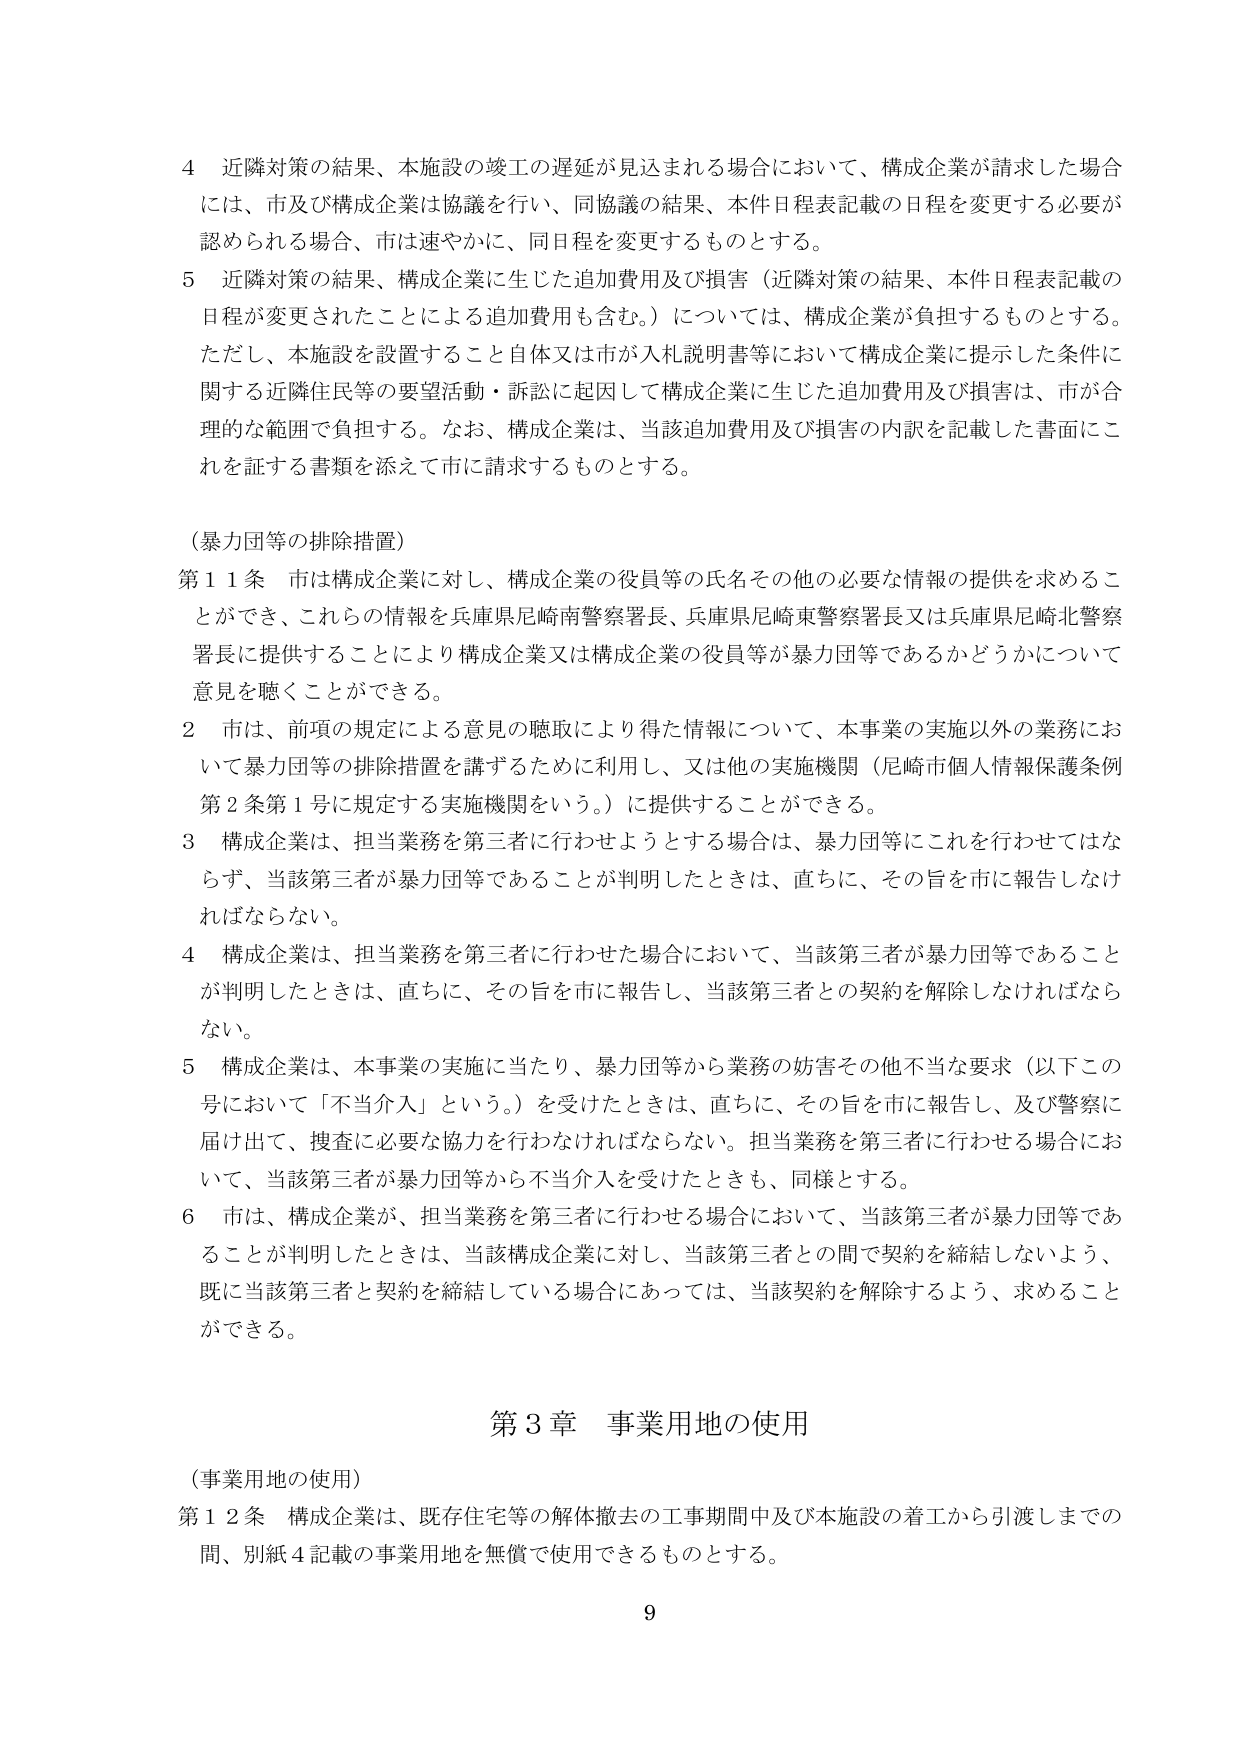
4 近隣対策の結果、本施設の竣工の遅延が見込まれる場合において、構成企業が請求した場合には、市及び構成企業は協議を行い、同協議の結果、本件日程表記載の日程を変更する必要が認められる場合、市は速やかに、同日程を変更するものとする。

5 近隣対策の結果、構成企業に生じた追加費用及び損害（近隣対策の結果、本件日程表記載の日程が変更されたことによる追加費用も含む。）については、構成企業が負担するものとする。ただし、本施設を設置すること自体又は市が入札説明書等において構成企業に提示した条件に関する近隣住民等の要望活動・訴訟に起因して構成企業に生じた追加費用及び損害は、市が合理的な範囲で負担する。なお、構成企業は、当該追加費用及び損害の内訳を記載した書面にこれを証する書類を添えて市に請求するものとする。

（暴力団等の排除措置）

第11条 市は構成企業に対し、構成企業の役員等の氏名その他の必要な情報の提供を求めることができ、これらの情報を兵庫県尼崎南警察署長、兵庫県尼崎東警察署長又は兵庫県尼崎北警察署長に提供することにより構成企業又は構成企業の役員等が暴力団等であるかどうかについて意見を聴くことができる。

2 市は、前項の規定による意見の聴取により得た情報について、本事業の実施以外の業務において暴力団等の排除措置を講ずるために利用し、又は他の実施機関（尼崎市個人情報保護条例第2条第1号に規定する実施機関をいう。）に提供することができる。

3 構成企業は、担当業務を第三者に行わせようとする場合は、暴力団等にこれを行わせてはならず、当該第三者が暴力団等であることが判明したときは、直ちに、その旨を市に報告しなければならない。

4 構成企業は、担当業務を第三者に行わせた場合において、当該第三者が暴力団等であることが判明したときは、直ちに、その旨を市に報告し、当該第三者との契約を解除しなければならない。

5 構成企業は、本事業の実施に当たり、暴力団等から業務の妨害その他不当な要求（以下この号において「不当介入」という。）を受けたときは、直ちに、その旨を市に報告し、及び警察に届け出て、捜査に必要な協力を行わなければならない。担当業務を第三者に行わせる場合において、当該第三者が暴力団等から不当介入を受けたときも、同様とする。

6 市は、構成企業が、担当業務を第三者に行わせる場合において、当該第三者が暴力団等であることが判明したときは、当該構成企業に対し、当該第三者との間で契約を締結しないよう、既に当該第三者と契約を締結している場合にあっては、当該契約を解除するよう、求めることができる。

第3章 事業用地の使用

（事業用地の使用）

第12条 構成企業は、既存住宅等の解体撤去の工事期間中及び本施設の着工から引渡しまでの間、別紙4記載の事業用地を無償で使用できるものとする。

9